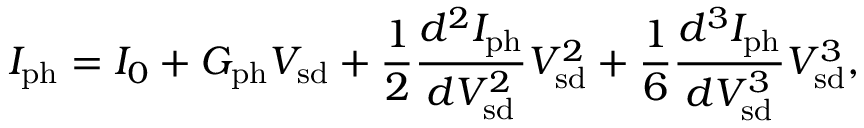
I _ { \mathrm { p h } } = I _ { 0 } + G _ { \mathrm { p h } } V _ { \mathrm { s d } } + \frac { 1 } { 2 } \frac { d ^ { 2 } I _ { \mathrm { p h } } } { d V _ { \mathrm { s d } } ^ { 2 } } V _ { \mathrm { s d } } ^ { 2 } + \frac { 1 } { 6 } \frac { d ^ { 3 } I _ { \mathrm { p h } } } { d V _ { \mathrm { s d } } ^ { 3 } } V _ { \mathrm { s d } } ^ { 3 } ,